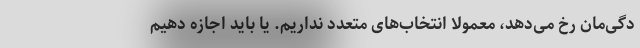
دگی‌مان رخ می‌دهد، معمولا انتخاب‌های متعدد نداریم. یا باید اجازه دهیم